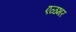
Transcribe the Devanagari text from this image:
एळभर